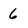
Character: 6